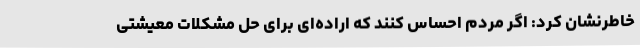
خاطرنشان کرد: اگر مردم احساس کنند که اراده‌ای برای حل مشکلات معیشتی